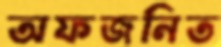
অফজনিত